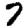
Digit: 7